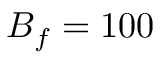
B _ { f } = 1 0 0